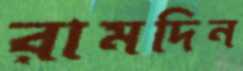
রামদিন